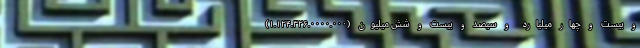
و بیست و چهار میلیارد و سیصد و بیست و شش میلیون (۱.۱۲۴.۳۲۶.۰۰۰۰.۰۰۰)